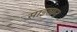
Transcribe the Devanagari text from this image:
साइव्यन